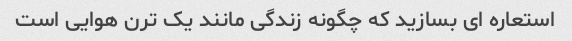
استعاره ای بسازید که چگونه زندگی مانند یک ترن هوایی است